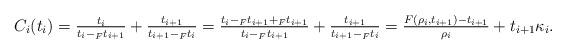
LaTeX: \begin{align*}C_i(t_i)=\tfrac{t_i}{t_i-_F t_{i+1}}+\tfrac{t_{i+1}}{t_{i+1}-_F t_i}=\tfrac{t_i-_F t_{i+1}+_F t_{i+1}}{t_i-_F t_{i+1}}+\tfrac{t_{i+1}}{t_{i+1}-_F t_i}=\tfrac{F(\rho_i,t_{i+1})-t_{i+1}}{\rho_i}+t_{i+1}\kappa_i.\end{align*}